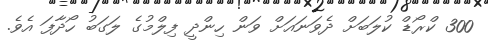
300 ކްރޯޑް ކުލަބަށް ދެވަނައަށް ވަން ހިންދީ ފިލްމުގެ ލަގަބު ހޯދާފަ އެވެ.